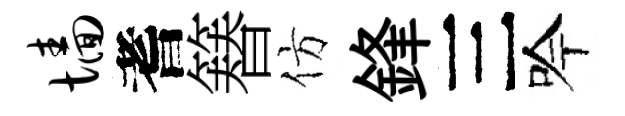
墙耆簮仿鋒三吟